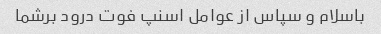
باسلام و سپاس از عوامل اسنپ فوت درود برشما